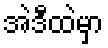
အဲဒီထဲမှာ